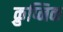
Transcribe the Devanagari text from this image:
क्रुप्निक